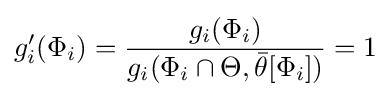
g'_{i}(\Phi _{i})={\frac {g_{i}(\Phi _{i})}{g_{i}(\Phi _{i}\cap \Theta ,{\bar {\theta }}[\Phi _{i}])}}=1